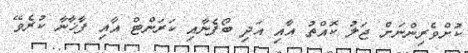
ކުށްވެރިންނަށް ޖަލު ކޮއްތު އާއި އަދި ބޯފެނާއި ކަރަންޓް އާއި ފާޚާނާ ކުރެވޭ